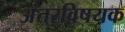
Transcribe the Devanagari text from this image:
अंतरविषयक